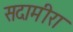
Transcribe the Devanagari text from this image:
सदामीरा